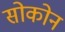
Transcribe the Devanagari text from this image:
सोकोन